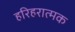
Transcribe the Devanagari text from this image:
हरिहरात्मक